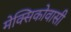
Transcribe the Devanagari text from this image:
मेक्सिकोवासी